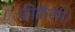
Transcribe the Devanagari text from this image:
फ्रीक्वैंसी।